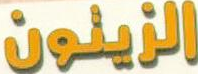
الزينون